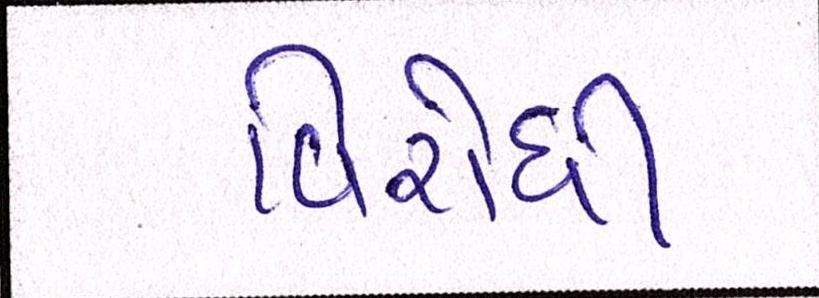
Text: વિરોધી